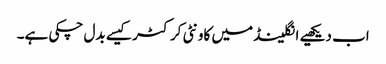
اب دیکھیے انگلینڈ میں کاونٹی کرکٹر کیسے بدل چکی ہے۔